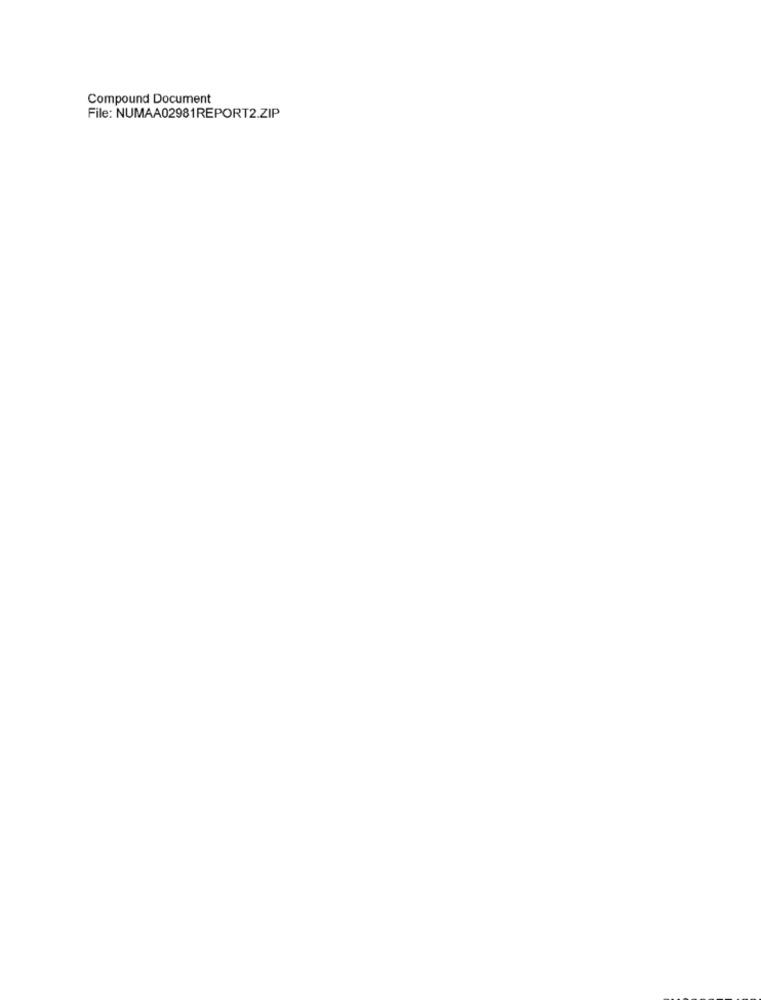
Compound Document
File: NUMAA02981REPORT2.ZIP